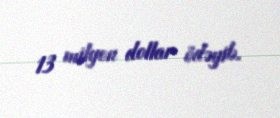
13 milyon dollar ödəyib.